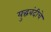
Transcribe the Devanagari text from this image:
युद्धबंदीचे